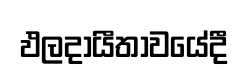
ඵලදායීතාවයේදී